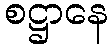
စဋ္ဌာနေ